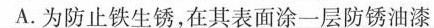
A. 为防止铁生锈，在其表面涂一层防锈油漆